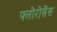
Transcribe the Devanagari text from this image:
फ्लोरोसेंस